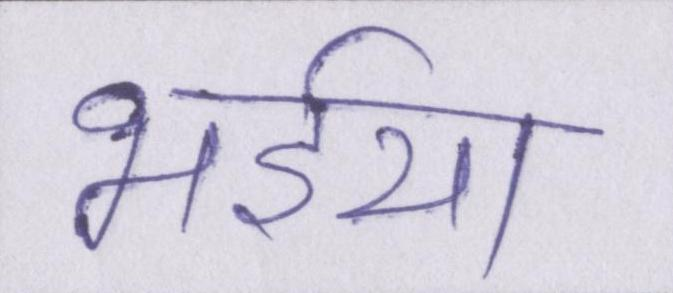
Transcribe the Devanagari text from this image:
भईया